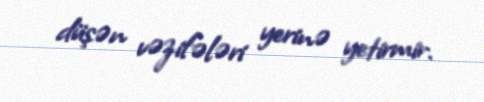
düşən vəzifələri yerinə yetirmir.